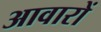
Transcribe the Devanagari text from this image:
आवारों